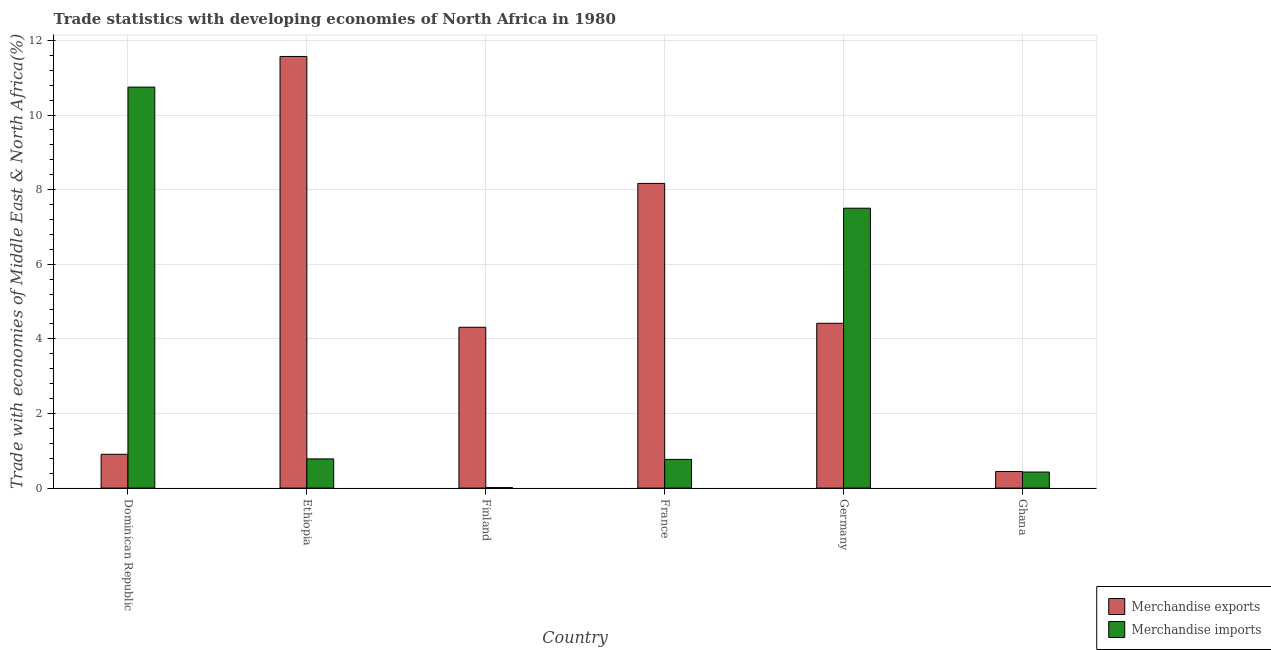
| Country | Merchandise exports | Merchandise imports |
 | --- | --- | --- |
 | Dominican Republic | 0.906 | 10.7 |
 | Ethiopia | 11.6 | 0.782 |
 | Finland | 4.31 | 0.0127 |
 | France | 8.17 | 0.77 |
 | Germany | 4.42 | 7.5 |
 | Ghana | 0.444 | 0.431 |